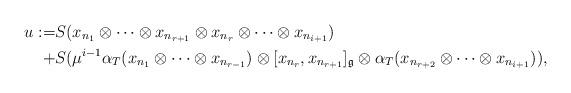
LaTeX: \begin{align*} u:= & S(x_{n_{1}}\otimes \cdots \otimes x_{n_{r+1}}\otimes x_{n_{r}}\otimes \cdots \otimes x_{n_{i+1}}) \\ + & S(\mu^{i-1}\alpha_{T}(x_{n_{1}}\otimes \cdots\otimes x_{n_{r-1}})\otimes [x_{n_{r}},x_{n_{r+1}}]_{\mathfrak{g}}\otimes \alpha_{T}(x_{n_{r+2}}\otimes \cdots \otimes x_{n_{i+1}})),\end{align*}